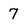
Character: 7